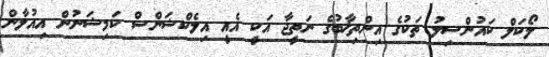
ލޯކަލް ކައުންސިލު ތަކުގެ އިންތިޚާބުގެ ނަތީޖާ އަކީ އެއީ އިލެކްޝަންސް ކަމިޝަނުން އިއުލާން